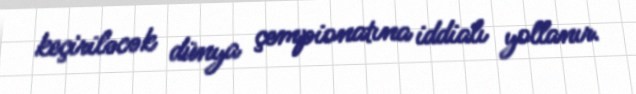
keçiriləcək dünya çempionatına iddialı yollanır.